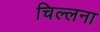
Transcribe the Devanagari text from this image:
चिल्लना